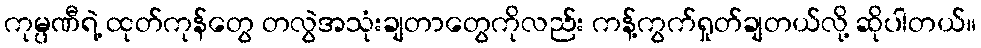
ကုမ္ပဏီရဲ့ ထုတ်ကုန်တွေ တလွဲအသုံးချတာတွေကိုလည်း ကန့်ကွက်ရှုတ်ချတယ်လို့ ဆိုပါတယ်။